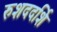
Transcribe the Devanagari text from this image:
रुशददर्शि